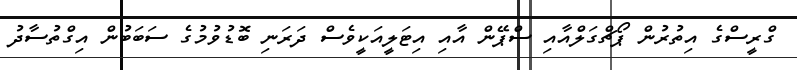
ގްރީސްގެ އިތުރުން ޕޯޗްގަލްއާއި ސްޕޭން އާއި އިޓަލީއަކީވެސް ދަރަނި ބޮޑުވުމުގެ ސަބަބުން އިގްތުސާދު